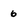
Character: 6